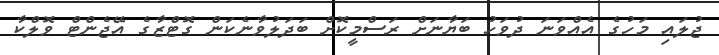
ޖުލައި މަހުގެ އެއްވަނަ ދުވަހު ބަޔާނަށް ރަސްމީކޮށް ބަދަލުވާނެކަން ގޮޓްޒާގެ އޭޖެންޓް ވޮލްކާ